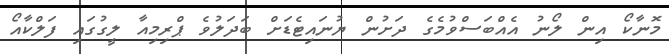
މޮނާކޯ އިން ލޯނު އެއްބަސްވުމެގެ ދަށުން ޔުނައިޓެޑަށް ބަދަލުވެ ޕްރިމިއާ ލީގުގައި ފަލްކާއޯ